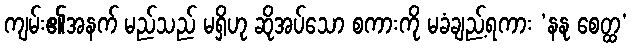
ကျမ်း၏အနက် မည်သည် မရှိဟု ဆိုအပ်သော စကားကို မခံချည့်ရကား ‘နနု စေတ္ထ’